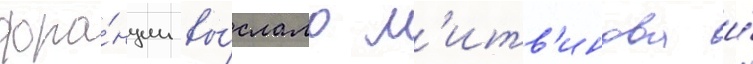
фра́нции вы́слало л'итв'инова и́